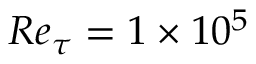
R e _ { \tau } = 1 \times 1 0 ^ { 5 }